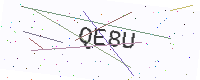
Text: QE8U